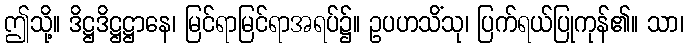
ဤသို့။ ဒိဋ္ဌဒိဋ္ဌဋ္ဌာနေ၊ မြင်ရာမြင်ရာအရပ်၌။ ဥပဟသိံသု၊ ပြက်ရယ်ပြုကုန်၏။ သာ၊